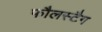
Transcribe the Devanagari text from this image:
फौलस्टैग